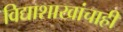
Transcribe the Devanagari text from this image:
विद्याशाखांचाही